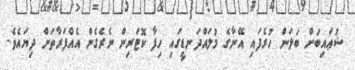
ޝުޢައިބަށް ބަލަން ހުރެފައި އޭނާގެ މުލައްދަނޑީގައި ހިފާ ކޮޓަރިން ނެރެގެން އެއްފަރާތަށް ދިޔައެވެ.